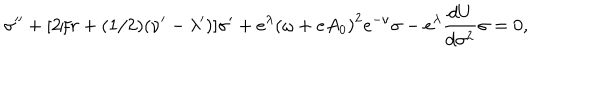
{ \sigma } ^ { \prime \prime } + [ 2 / r + ( 1 / 2 ) ( { \nu } ^ { \prime } - { \lambda } ^ { \prime } ) ] { \sigma } ^ { \prime } + e ^ { \lambda } { ( \omega + e A _ { 0 } ) } ^ { 2 } e ^ { - \nu } \sigma - e ^ { \lambda } \frac { d U } { d { \sigma } ^ { 2 } } \sigma = 0 ,